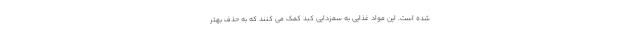
شده است. این مواد غذایی به سمزدایی کبد کمک می کنند که به حذف بهتر